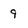
Character: 9